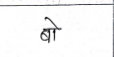
मजकूर: बो